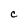
Character: C